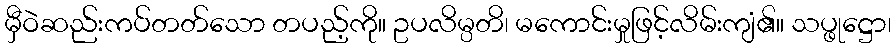
မှီဝဲဆည်းကပ်တတ်သော တပည့်ကို။ ဥပလိမ္ပတိ၊ မကောင်းမှုဖြင့်လိမ်းကျံ၏။ သပ္ဖုဋ္ဌော၊